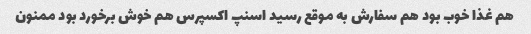
هم غذا خوب بود هم سفارش به موقع رسید اسنپ اکسپرس هم خوش برخورد بود ممنون